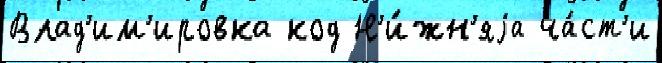
Влад'им'ировка код Н'и́жн'яjа ча́ст'и